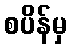
စပိန်မှ